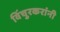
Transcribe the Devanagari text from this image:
विंचुरकरांनी